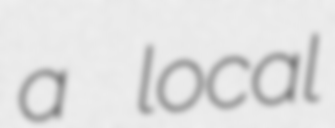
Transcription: a local